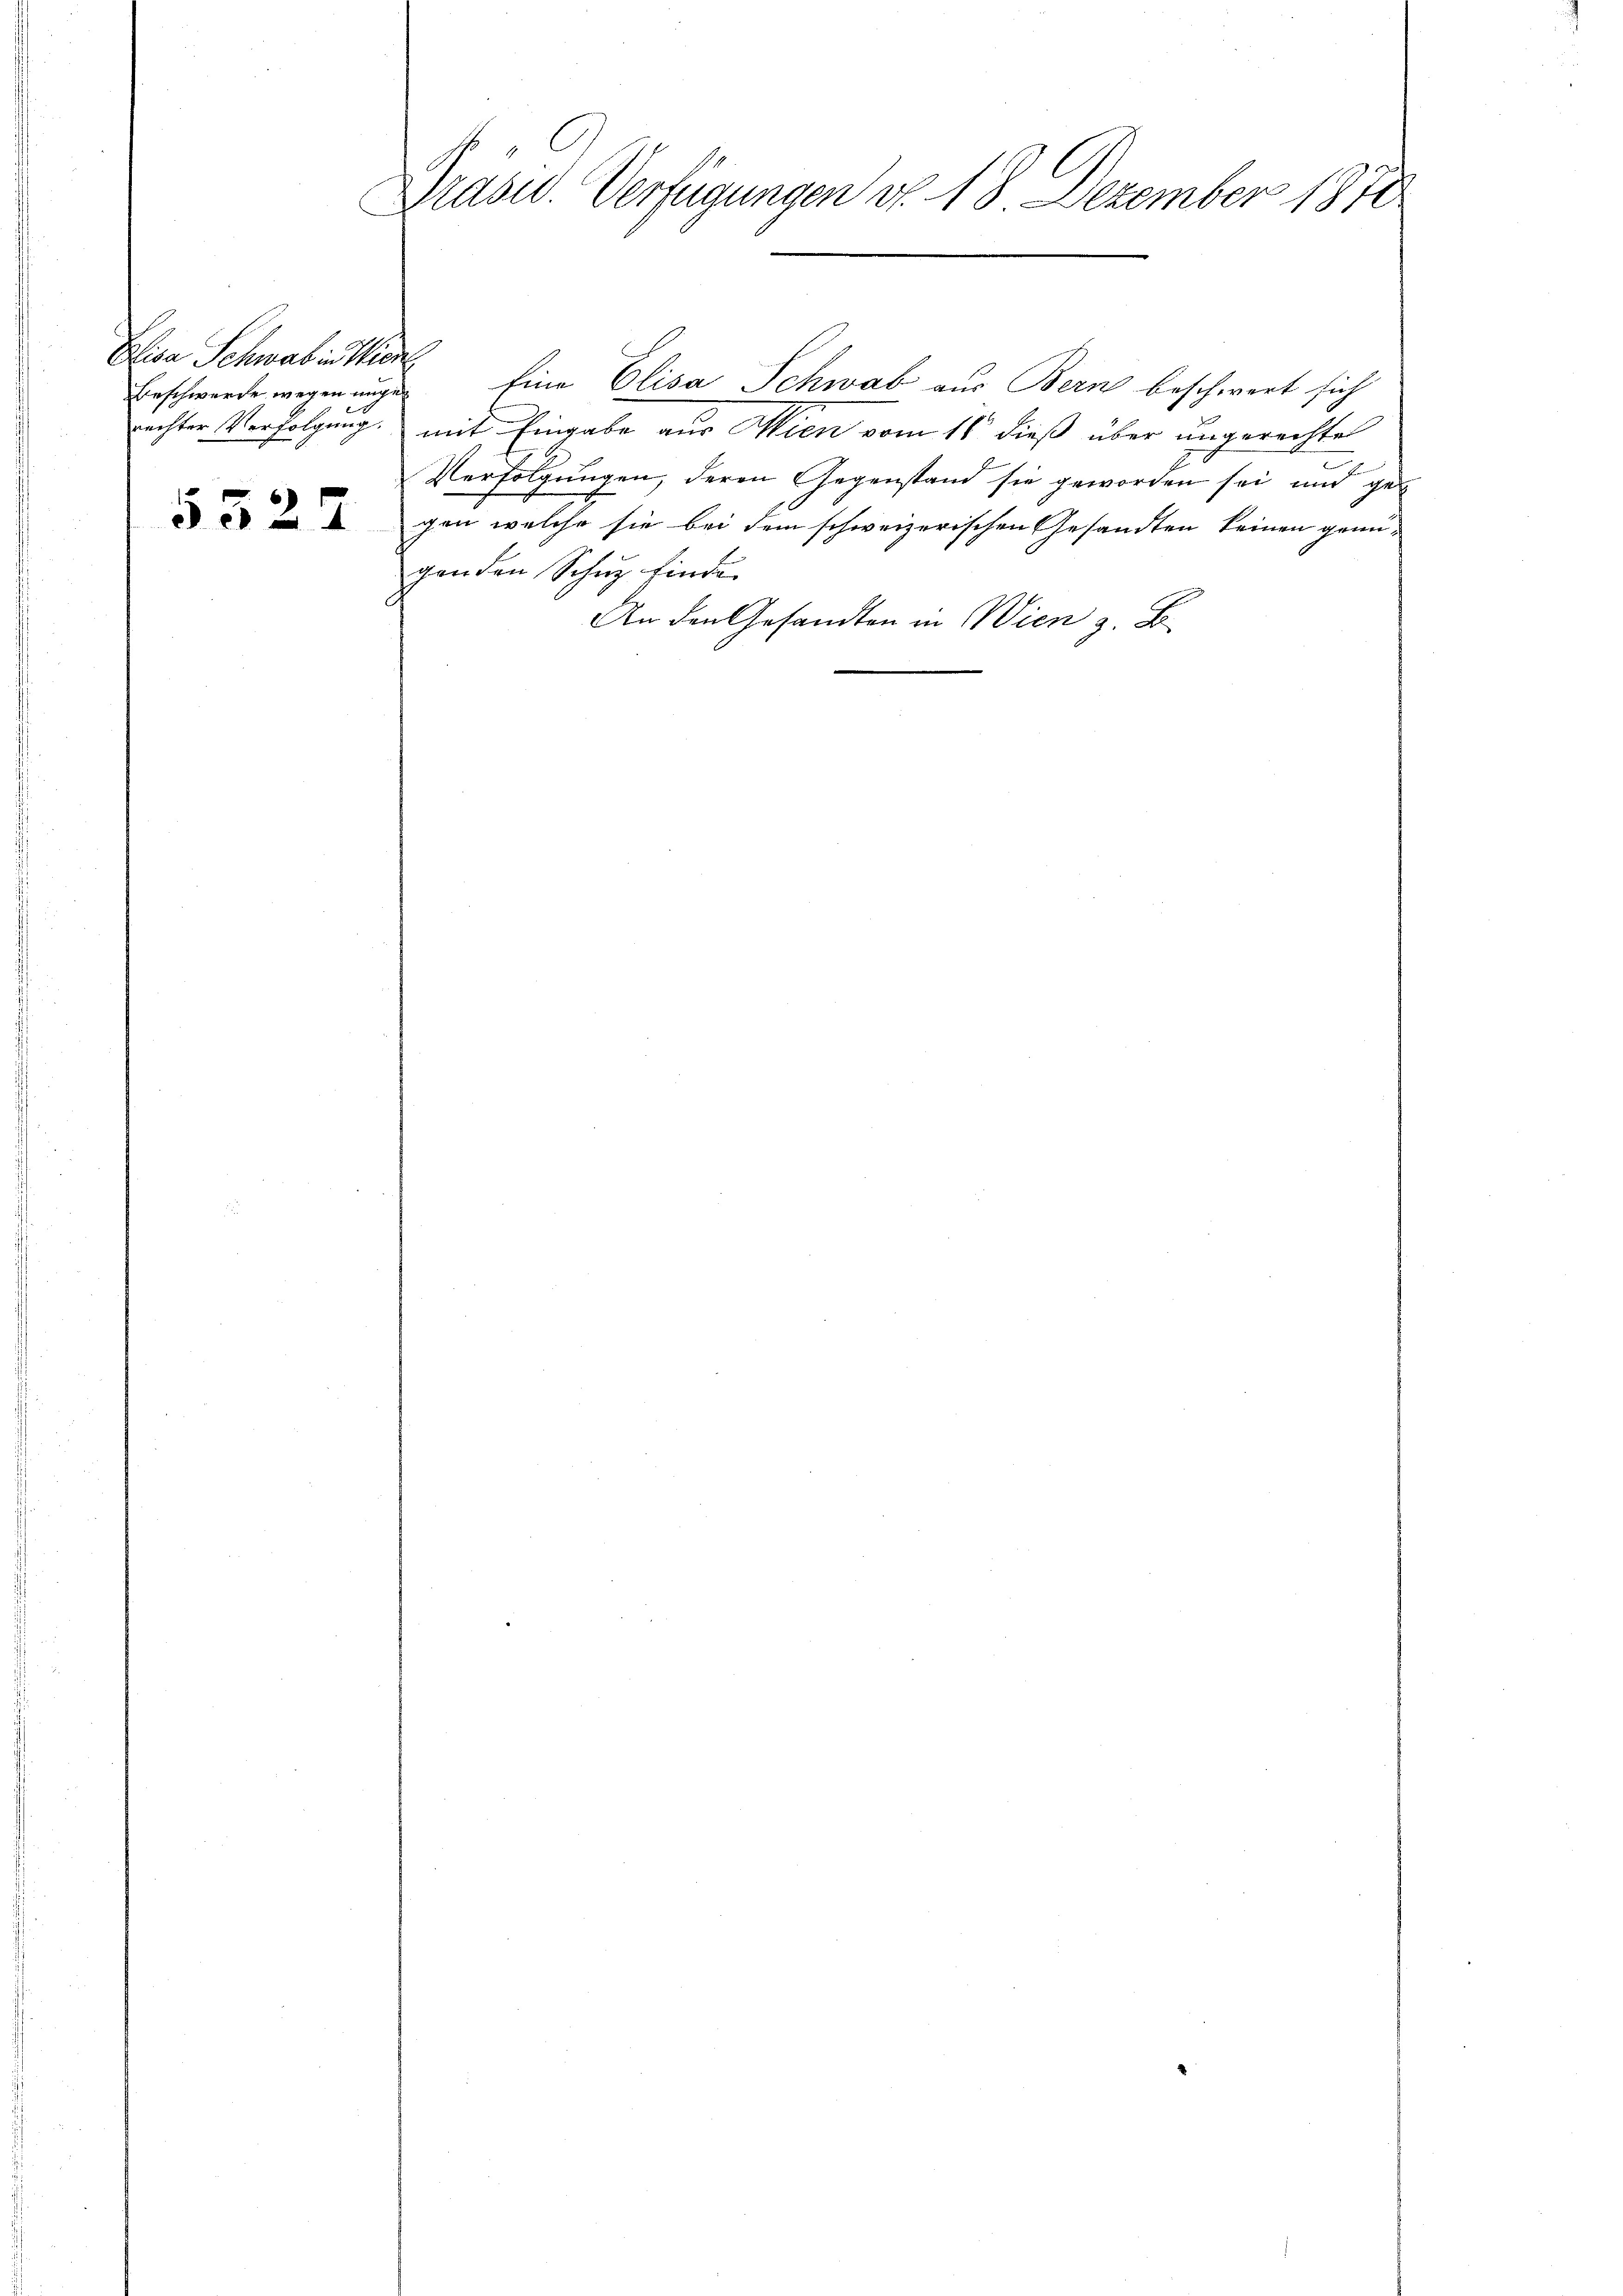
Elisa Schwab in Wien
Beschwerde wegen unge

5327

e
Drasid. Verfügungen d. 18 Dezember 1871

Eine Elisa Schwab aus Bern beschwert sich

rechter Verfolgung, mit Eingabe aus Wien vom 16t dieß über ungerechtet
Verfolgungen, deren Gegenstand sie geworden sei und gegen welche sie bei dem schweizerischen Gesandten keinen genügenden Schuz finde
An den Gesandten in Wien z. B.
e